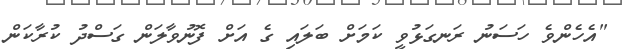
"އެހެންވެ ހަސަނު ރަނގަޅުވީ ކަމަށް ބަލައި ގެ އަށް ފޮނުވާލަން ގަސްދު ކުރާކަން